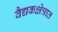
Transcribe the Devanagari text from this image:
वैद्यकक्षेत्रात